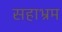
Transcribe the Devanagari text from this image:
सहाभ्रम